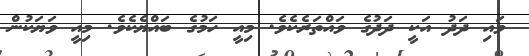
ވައި ދަދު އަކީ ދަދުގެ ވައްތަރެކެވެ. މިއީ ހަމުގެ ބައްޔެކެވެ. މިއީ ވަޔަކުން